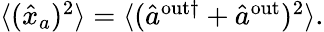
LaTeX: \begin{array}{r}{\langle(\hat{x}_{a})^{2}\rangle=\langle(\hat{a}^{\mathrm{{out}\dagger}}+\hat{a}^{\mathrm{{out}}})^{2}\rangle.}\end{array}